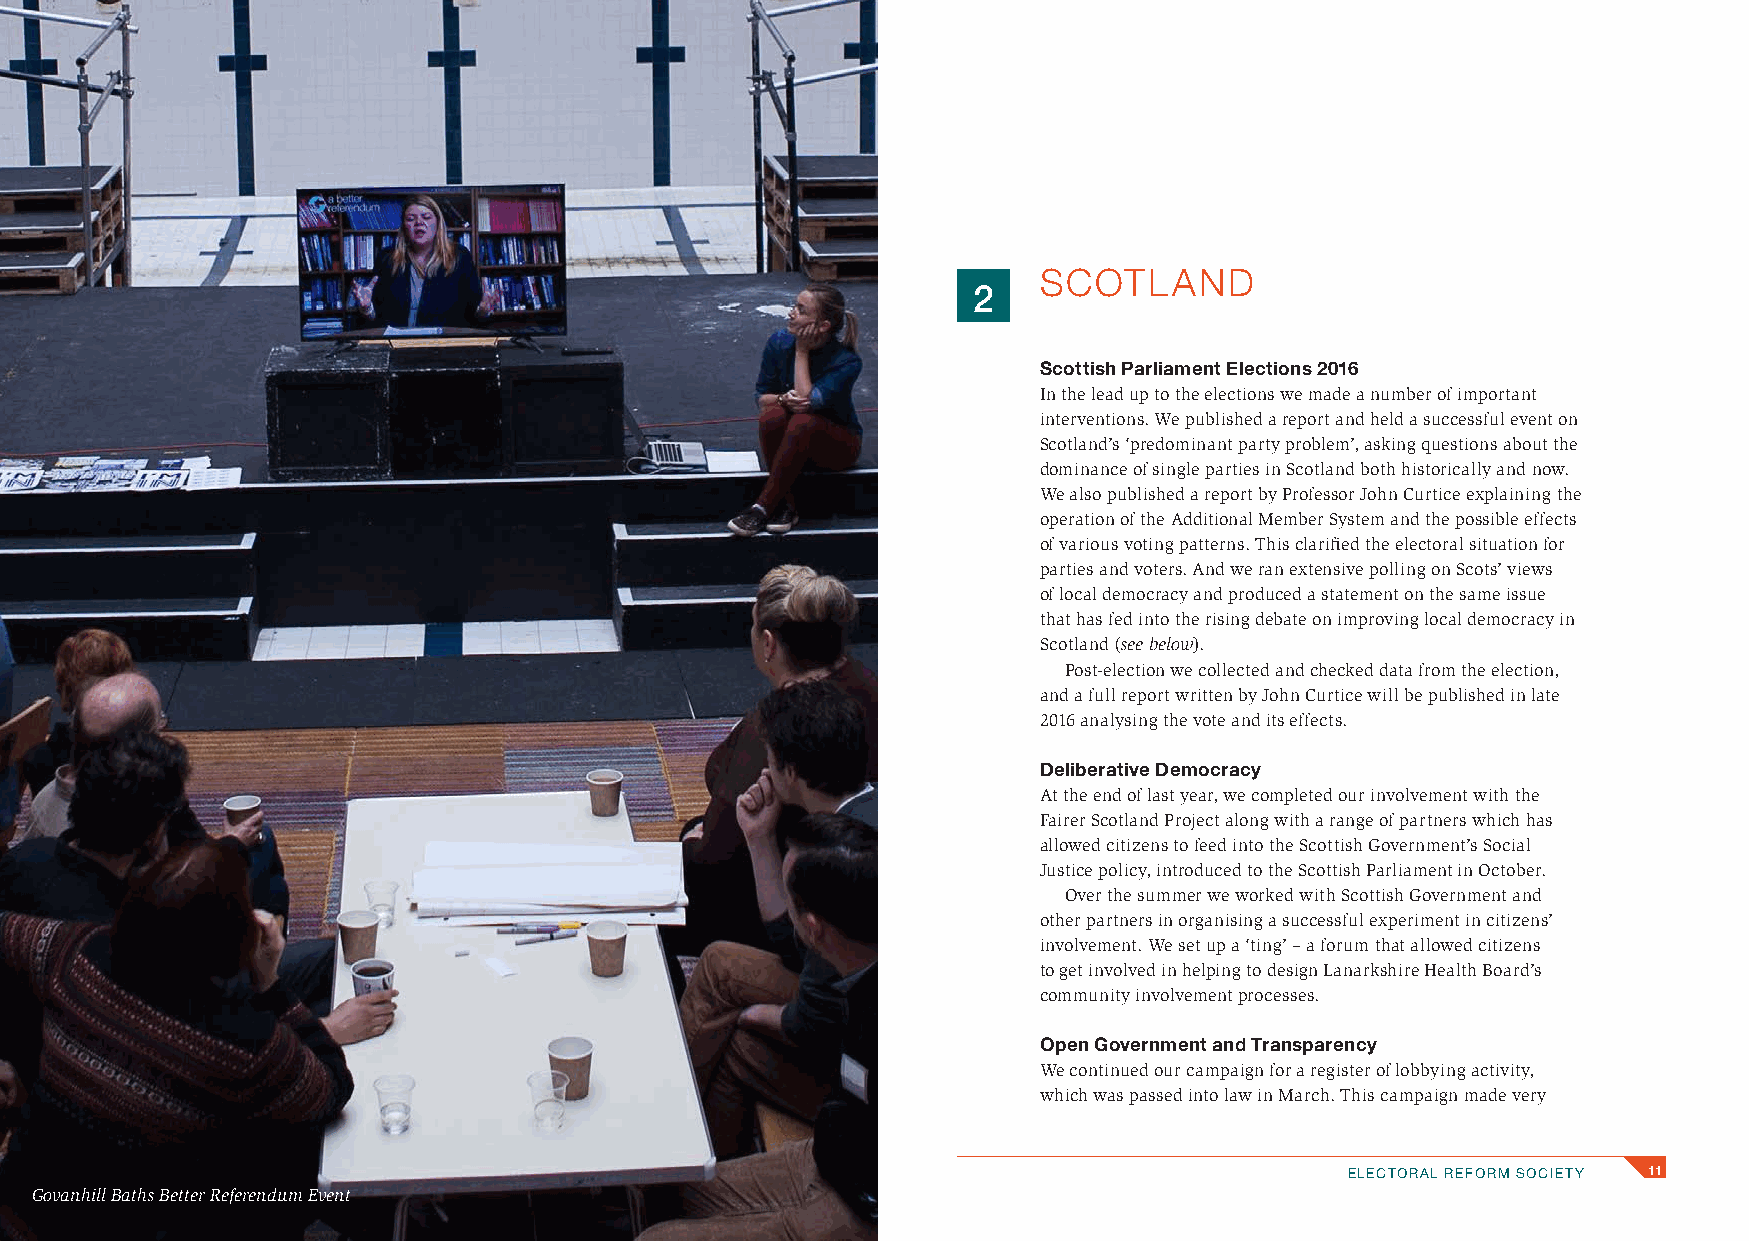
SCOTLAND
 2
 Scottish Parliament Elections 2016
 In the lead up to the elections we made a number of important
 interventions. We published a report and held a successful event on
 Scotland’s ‘predominant party problem’, asking questions about the
 dominance of single parties in Scotland both historically and now.
 We also published a report by Professor John Curtice explaining the
 operation of the Additional Member System and the possible effects
 of various voting patterns. This clarified the electoral situation for
 parties and voters. And we ran extensive polling on Scots’ views
 of local democracy and produced a statement on the same issue
 that has fed into the rising debate on improving local democracy in
 Scotland (see below).
 Post-election we collected and checked data from the election,
 and a full report written by John Curtice will be published in late
 2016 analysing the vote and its effects.
 Deliberative Democracy
 At the end of last year, we completed our involvement with the
 Fairer Scotland Project along with a range of partners which has
 allowed citizens to feed into the Scottish Government’s Social
 Justice policy, introduced to the Scottish Parliament in October.
 Over the summer we worked with Scottish Government and
 other partners in organising a successful experiment in citizens’
 involvement. We set up a ‘ting’ – a forum that allowed citizens
 to get involved in helping to design Lanarkshire Health Board’s
 community involvement processes.
 Open Government and Transparency
 We continued our campaign for a register of lobbying activity,
 which was passed into law in March. This campaign made very
 ELECTORAL REFORM SOCIETY 11
 Govanhill Baths Better Referendum Event